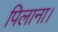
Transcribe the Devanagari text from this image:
पिलाना।